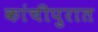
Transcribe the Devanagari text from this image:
कांचीपुरात